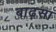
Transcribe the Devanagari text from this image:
बाढ़सा